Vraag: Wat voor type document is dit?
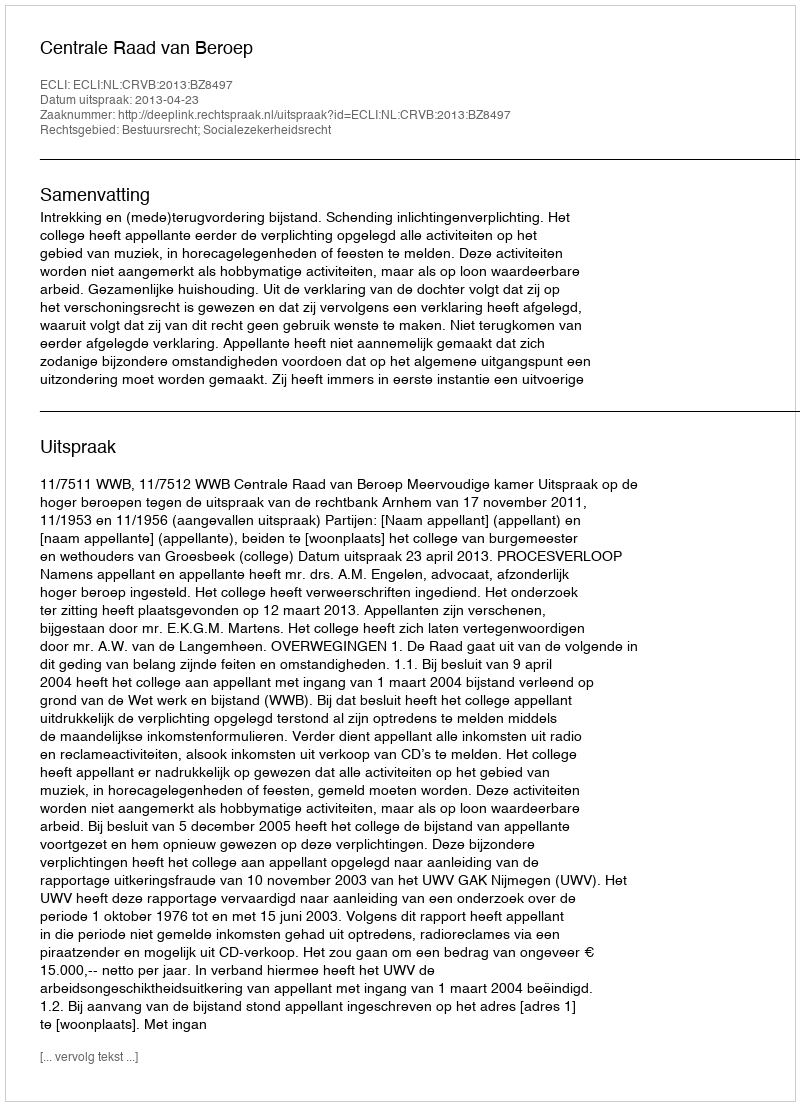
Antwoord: Uitspraak